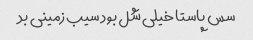
سس پاستا خیلی شل بود سیب زمینی بد